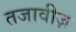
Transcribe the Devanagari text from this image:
तजावीज़